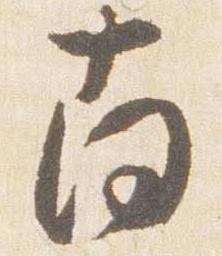
南